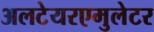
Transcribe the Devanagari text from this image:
अलटेयरएमुलेटर